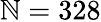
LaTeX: \mathbb{N}=328